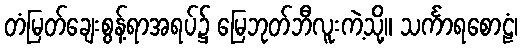
တံမြတ်ချေးစွန့်ရာအရပ်၌ မြေဘုတ်ဘီလူးကဲ့သို့။ သင်္ကာရစောဠံ၊